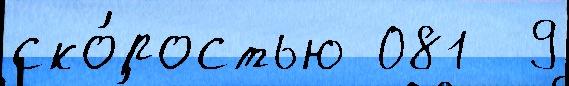
ско́ростью 081  9